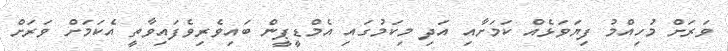
ވަރަށް މުހިއްމު ފިޔަވަޅެއް ކަމަށާއި އަދި މިކަމުގައި އެމްޑީޕީން ބައިވެރިވެފައިވާތީ އެކަމަށް ވަރަށް